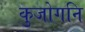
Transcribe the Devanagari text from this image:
कुजोगनि